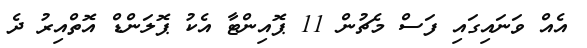
އެއް ވަނައިގައި ފަސް މެޗުން 11 ޕޮއިންޓާ އެކު ޕޮލަންޑް އޮތްއިރު ދެ